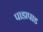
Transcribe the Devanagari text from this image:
पाडापाड